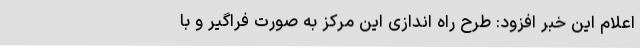
اعلام این خبر افزود: طرح راه اندازی این مرکز به صورت فراگیر و با